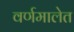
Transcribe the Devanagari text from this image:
वर्णमालेत